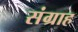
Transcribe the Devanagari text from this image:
संग्राह